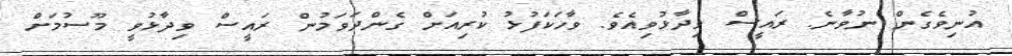
އުނިވެގެން ނުވާނެ. ރައީސް ވިދާޅުވިއެވެ. ވާހަކަފުޅު ކުރިއަށް ގެންދަވަމުން ރައީސް ވިދާޅުވީ މޫސުމަށް